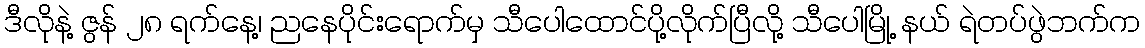
ဒီလိုနဲ့ ဇွန် ၂၈ ရက်နေ့၊ ညနေပိုင်းရောက်မှ သီပေါထောင်ပို့လိုက်ပြီလို့ သီပေါမြို့ နယ် ရဲတပ်ဖွဲဘက်က